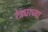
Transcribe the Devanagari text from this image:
रेड्याच्या